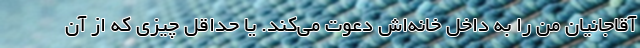
آقاجانیان من را به داخل خانه‌اش دعوت می‌کند. یا حداقل چیزی که از آن